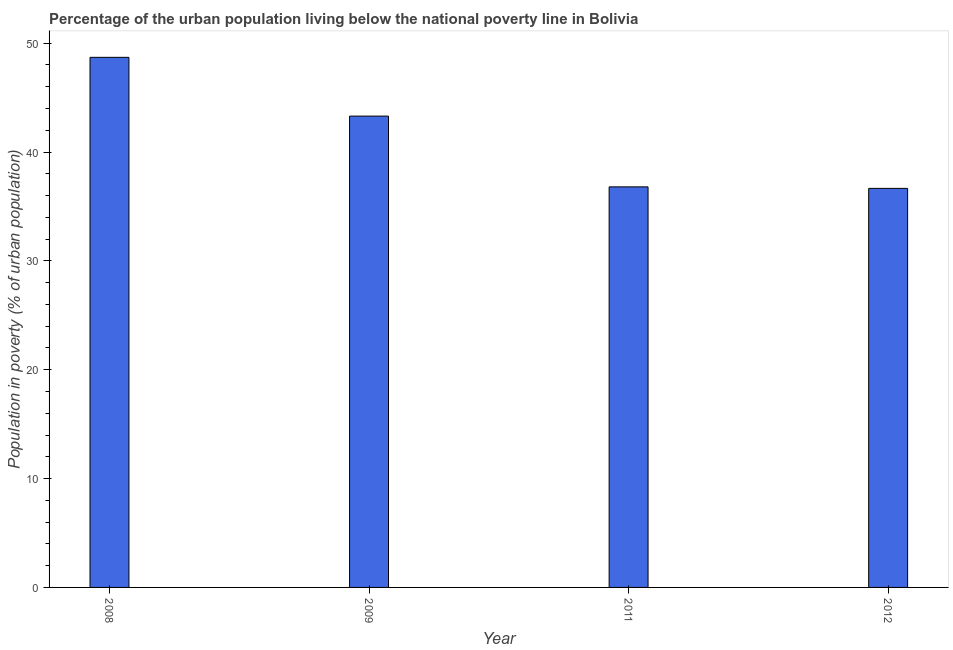
| Year | Urban poverty headcount ratio |
 | --- | --- |
 | 2008 | 48.7 |
 | 2009 | 43.3 |
 | 2011 | 36.8 |
 | 2012 | 36.7 |